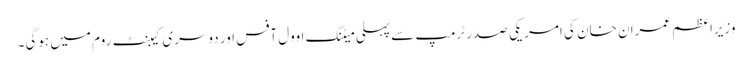
وزیراعظم عمران خان کی امریکی صدر ٹرمپ سے پہلی میٹنگ اوول آفس اور دوسری کیبنٹ روم میں ہوگی۔